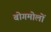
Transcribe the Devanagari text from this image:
बोगमोलों